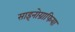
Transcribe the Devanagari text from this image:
साइनोग्राफिया